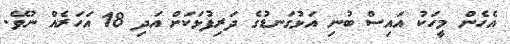
އެހެން މީހަކު އައިސް ބުނި އަޅުގަނޑުގެ ދަރިފުޅަކަށް އަދި 18 އަހަރެއް ނުވޭ.